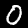
Label: 0